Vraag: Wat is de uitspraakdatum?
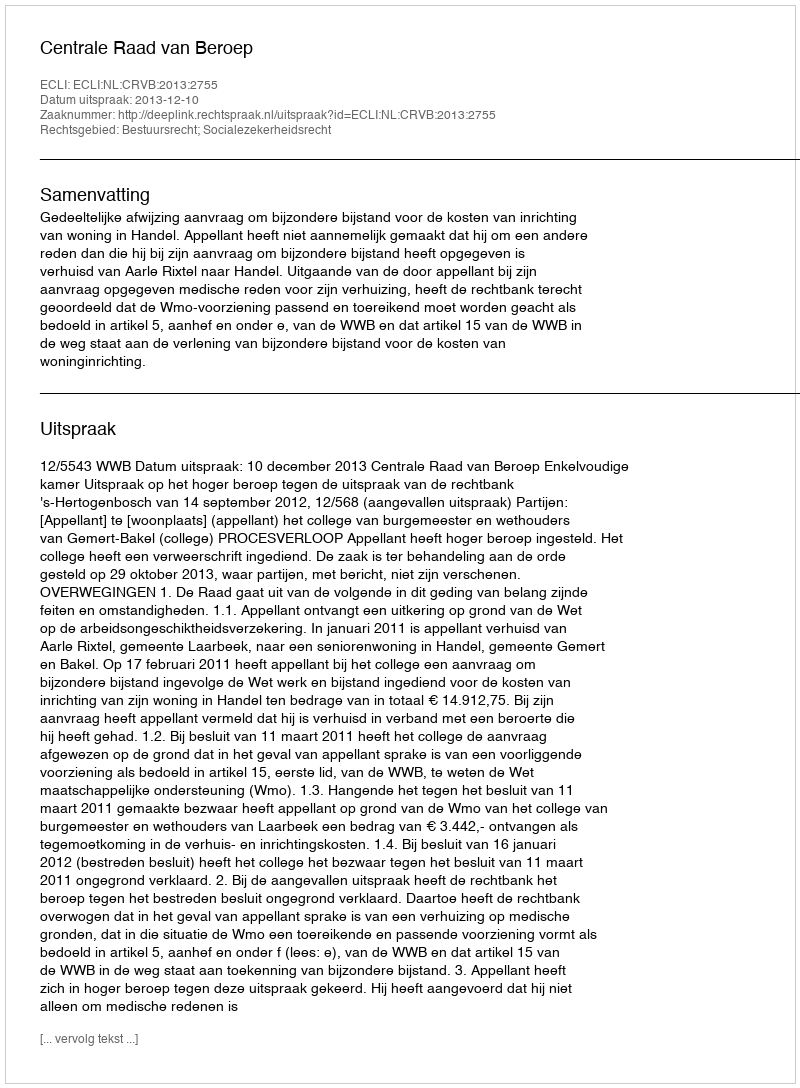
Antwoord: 2013-12-10